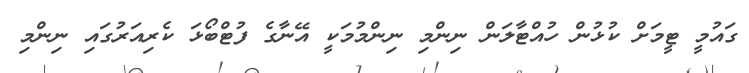
ގައުމީ ޓީމަށް ކުޅުން ހުއްޓާލަން ނިންމި ނިންމުމަކީ އޭނާގެ ފުޓްބޯޅަ ކެރިއަރުގައި ނިންމި